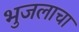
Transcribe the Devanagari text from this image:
भुजलाचा